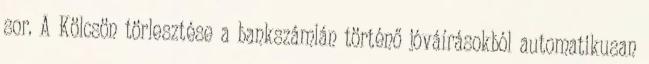
sor. A Kölcsön törlesztése a bankszámlán történő jóváírásokból automatikusan